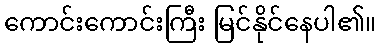
ကောင်းကောင်းကြီး မြင်နိုင်နေပါ၏။